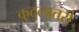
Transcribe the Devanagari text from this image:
कुठलातरी